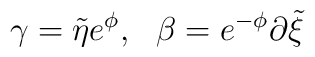
\gamma = {\tilde \eta} e^{\phi},~~\beta = e^{-\phi}\partial {\tilde \xi}